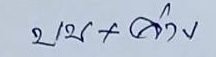
บน + ล่าง